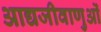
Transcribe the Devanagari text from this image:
आद्यजीवाणुओं